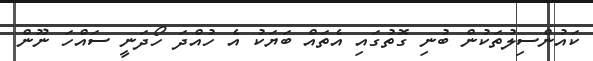
ކައުންސިލުތަކުން ބުނި ގޮތުގައި އެތައް ބަޔަކު އެ ހުއްދަ ހޯދަނީ ސައްހަ ނޫން